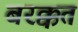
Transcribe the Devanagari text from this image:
बरक्कत